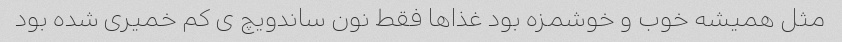
مثل همیشه خوب و خوشمزه بود غذاها فقط نون ساندویچ ی کم خمیری شده بود